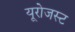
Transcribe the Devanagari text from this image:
यूरोजस्ट